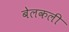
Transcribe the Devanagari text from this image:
बेलकली